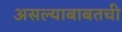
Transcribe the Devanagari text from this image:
असल्याबाबतची